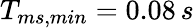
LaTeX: T_{ms,min}=0.08\, s